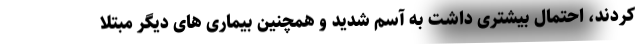
کردند، احتمال بیشتری داشت به آسم شدید و همچنین بیماری های دیگر مبتلا